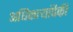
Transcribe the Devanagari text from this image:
अधिकार्‍यांपैकी